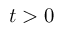
t > 0